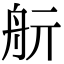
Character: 𦨘